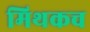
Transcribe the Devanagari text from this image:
मिथकच